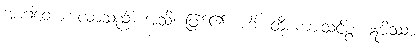
အာဂတော၊ လာသည်။ အသိ၊ ဖြစ်၏။ ဟိ၊ ထိုစကားသင့်စွ။ ဣမိဿာ